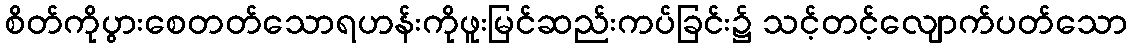
စိတ်ကိုပွားစေတတ်သောရဟန်းကိုဖူးမြင်ဆည်းကပ်ခြင်း၌ သင့်တင့်လျောက်ပတ်သော